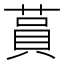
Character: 蒷